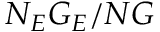
N _ { E } G _ { E } / N G